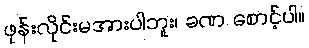
ဖုန်းလိုင်းမအားပါဘူး၊ ခဏ စောင့်ပါ။